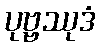
ပုဗ္ဗဿုဒံ